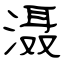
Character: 滠